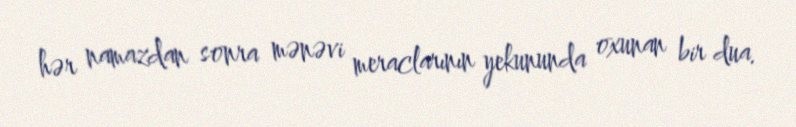
hər namazdan sonra mənəvi meraclarının yekununda oxunan bir dua.